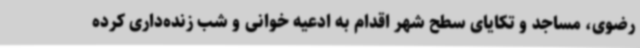
رضوی، مساجد و تکایای سطح شهر اقدام به ادعیه خوانی و شب زنده‌داری کرده